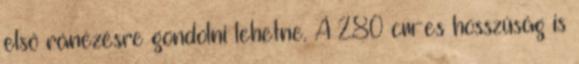
első ránézésre gondolni lehetne. A 280 cm-es hosszúság is